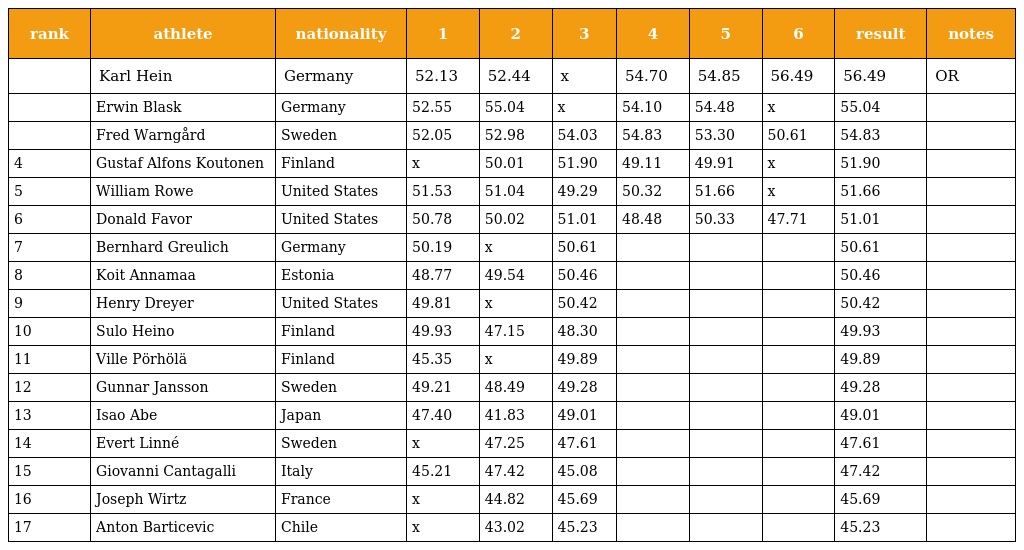
| rank | athlete | nationality | 1 | 2 | 3 | 4 | 5 | 6 | result | notes |
 | --- | --- | --- | --- | --- | --- | --- | --- | --- | --- | --- |
 |  | Karl Hein | Germany | 52.13 | 52.44 | x | 54.70 | 54.85 | 56.49 | 56.49 | OR |
 |  | Erwin Blask | Germany | 52.55 | 55.04 | x | 54.10 | 54.48 | x | 55.04 |  |
 |  | Fred Warngård | Sweden | 52.05 | 52.98 | 54.03 | 54.83 | 53.30 | 50.61 | 54.83 |  |
 | 4 | Gustaf Alfons Koutonen | Finland | x | 50.01 | 51.90 | 49.11 | 49.91 | x | 51.90 |  |
 | 5 | William Rowe | United States | 51.53 | 51.04 | 49.29 | 50.32 | 51.66 | x | 51.66 |  |
 | 6 | Donald Favor | United States | 50.78 | 50.02 | 51.01 | 48.48 | 50.33 | 47.71 | 51.01 |  |
 | 7 | Bernhard Greulich | Germany | 50.19 | x | 50.61 |  |  |  | 50.61 |  |
 | 8 | Koit Annamaa | Estonia | 48.77 | 49.54 | 50.46 |  |  |  | 50.46 |  |
 | 9 | Henry Dreyer | United States | 49.81 | x | 50.42 |  |  |  | 50.42 |  |
 | 10 | Sulo Heino | Finland | 49.93 | 47.15 | 48.30 |  |  |  | 49.93 |  |
 | 11 | Ville Pörhölä | Finland | 45.35 | x | 49.89 |  |  |  | 49.89 |  |
 | 12 | Gunnar Jansson | Sweden | 49.21 | 48.49 | 49.28 |  |  |  | 49.28 |  |
 | 13 | Isao Abe | Japan | 47.40 | 41.83 | 49.01 |  |  |  | 49.01 |  |
 | 14 | Evert Linné | Sweden | x | 47.25 | 47.61 |  |  |  | 47.61 |  |
 | 15 | Giovanni Cantagalli | Italy | 45.21 | 47.42 | 45.08 |  |  |  | 47.42 |  |
 | 16 | Joseph Wirtz | France | x | 44.82 | 45.69 |  |  |  | 45.69 |  |
 | 17 | Anton Barticevic | Chile | x | 43.02 | 45.23 |  |  |  | 45.23 |  |